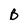
Character: B